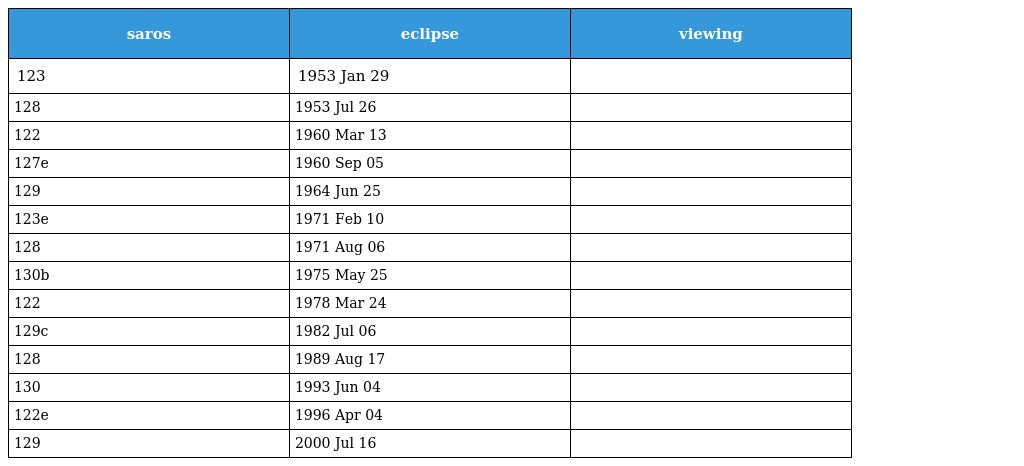
| saros | eclipse | viewing |
 | --- | --- | --- |
 | 123 | 1953 Jan 29 |  |
 | 128 | 1953 Jul 26 |  |
 | 122 | 1960 Mar 13 |  |
 | 127e | 1960 Sep 05 |  |
 | 129 | 1964 Jun 25 |  |
 | 123e | 1971 Feb 10 |  |
 | 128 | 1971 Aug 06 |  |
 | 130b | 1975 May 25 |  |
 | 122 | 1978 Mar 24 |  |
 | 129c | 1982 Jul 06 |  |
 | 128 | 1989 Aug 17 |  |
 | 130 | 1993 Jun 04 |  |
 | 122e | 1996 Apr 04 |  |
 | 129 | 2000 Jul 16 |  |